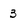
Character: 3